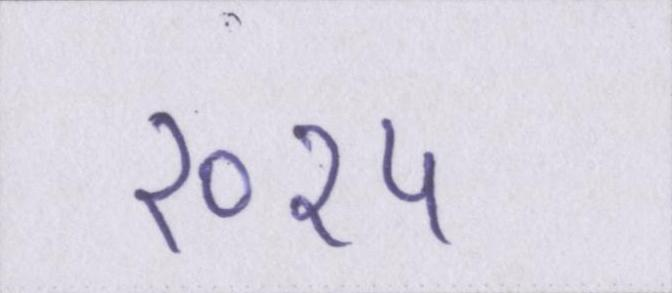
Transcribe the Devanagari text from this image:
२०१५